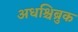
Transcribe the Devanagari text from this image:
अधश्चिब्रुक